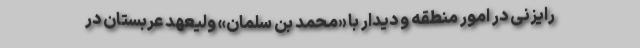
رایزنی در امور منطقه و دیدار با «محمد بن سلمان» ولیعهد عربستان در